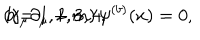
\left( \gamma _ { \mu } \partial _ { \mu } + m \right) \psi ^ { ( b ) } ( x ) = 0 , \hspace { 0 . 5 i n } b = 1 , 2 , 3 , 4 .